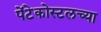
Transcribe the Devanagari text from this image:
पेंटेकोस्टलच्या